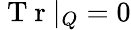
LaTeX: \mathrm{~T~r~}|_{Q}=0